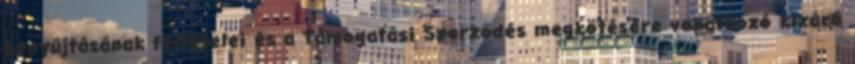
benyújtásának feltételei és a Támogatási Szerződés megkötésére vonatkozó kizáró